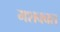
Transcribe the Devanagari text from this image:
मशक्क्त